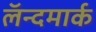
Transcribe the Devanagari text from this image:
लॅन्दमार्क